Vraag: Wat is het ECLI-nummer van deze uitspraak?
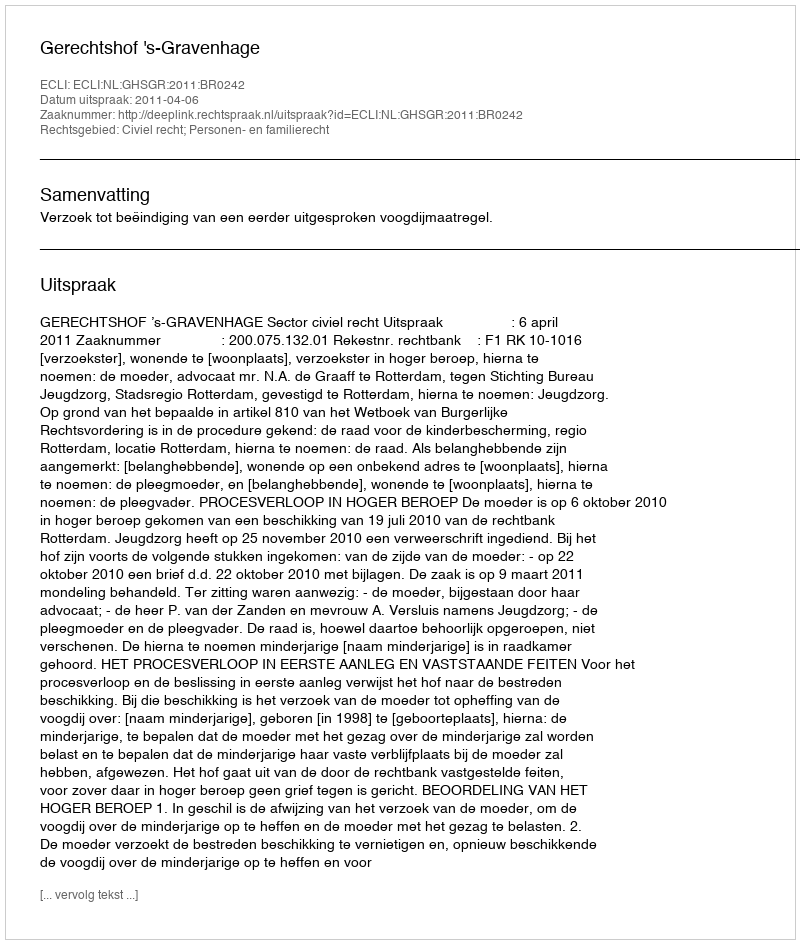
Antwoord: ECLI:NL:GHSGR:2011:BR0242